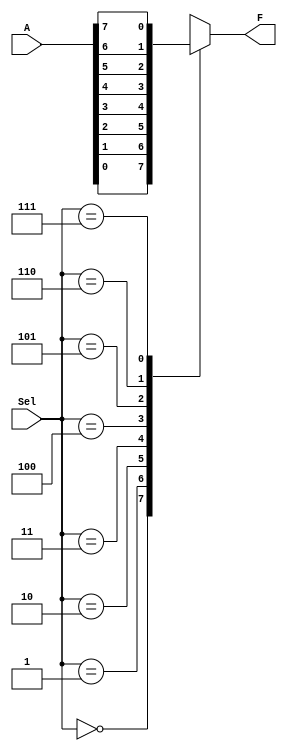
// This program was cloned from: https://github.com/MathBorgess/hardware_studies
// License: MIT License

module mux8_1cond (
    input wire [2:0] Sel,
    input wire [7:0] A,
    output reg F
);
always @(*) begin
case (Sel)
    3'b000: F = A[0];
    3'b001: F = A[1];
    3'b010: F = A[2];
    3'b011: F = A[3];
    3'b100: F = A[4];
    3'b101: F = A[5];
    3'b110: F = A[6];
    3'b111: F = A[7];
endcase
end
endmodule

module mux8_1logic (
    input wire [2:0] Sel,
    input wire [7:0] A,
    output wire F
);
    assign F = A[0] & ~Sel[2] & ~Sel[1] & ~Sel[0] |
          A[1] & ~Sel[2] & ~Sel[1] & Sel[0] |
          A[2] & ~Sel[2] & Sel[1] & ~Sel[0] |
          A[3] & ~Sel[2] & Sel[1] & Sel[0] |
          A[4] & Sel[2] & ~Sel[1] & ~Sel[0] |
          A[5] & Sel[2] & ~Sel[1] & Sel[0] |
          A[6] & Sel[2] & Sel[1] & ~Sel[0] |
          A[7] & Sel[2] & Sel[1] & Sel[0];
endmodule